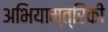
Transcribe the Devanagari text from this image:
अभियाम्त्रिकी